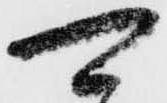
可